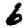
Digit: 6